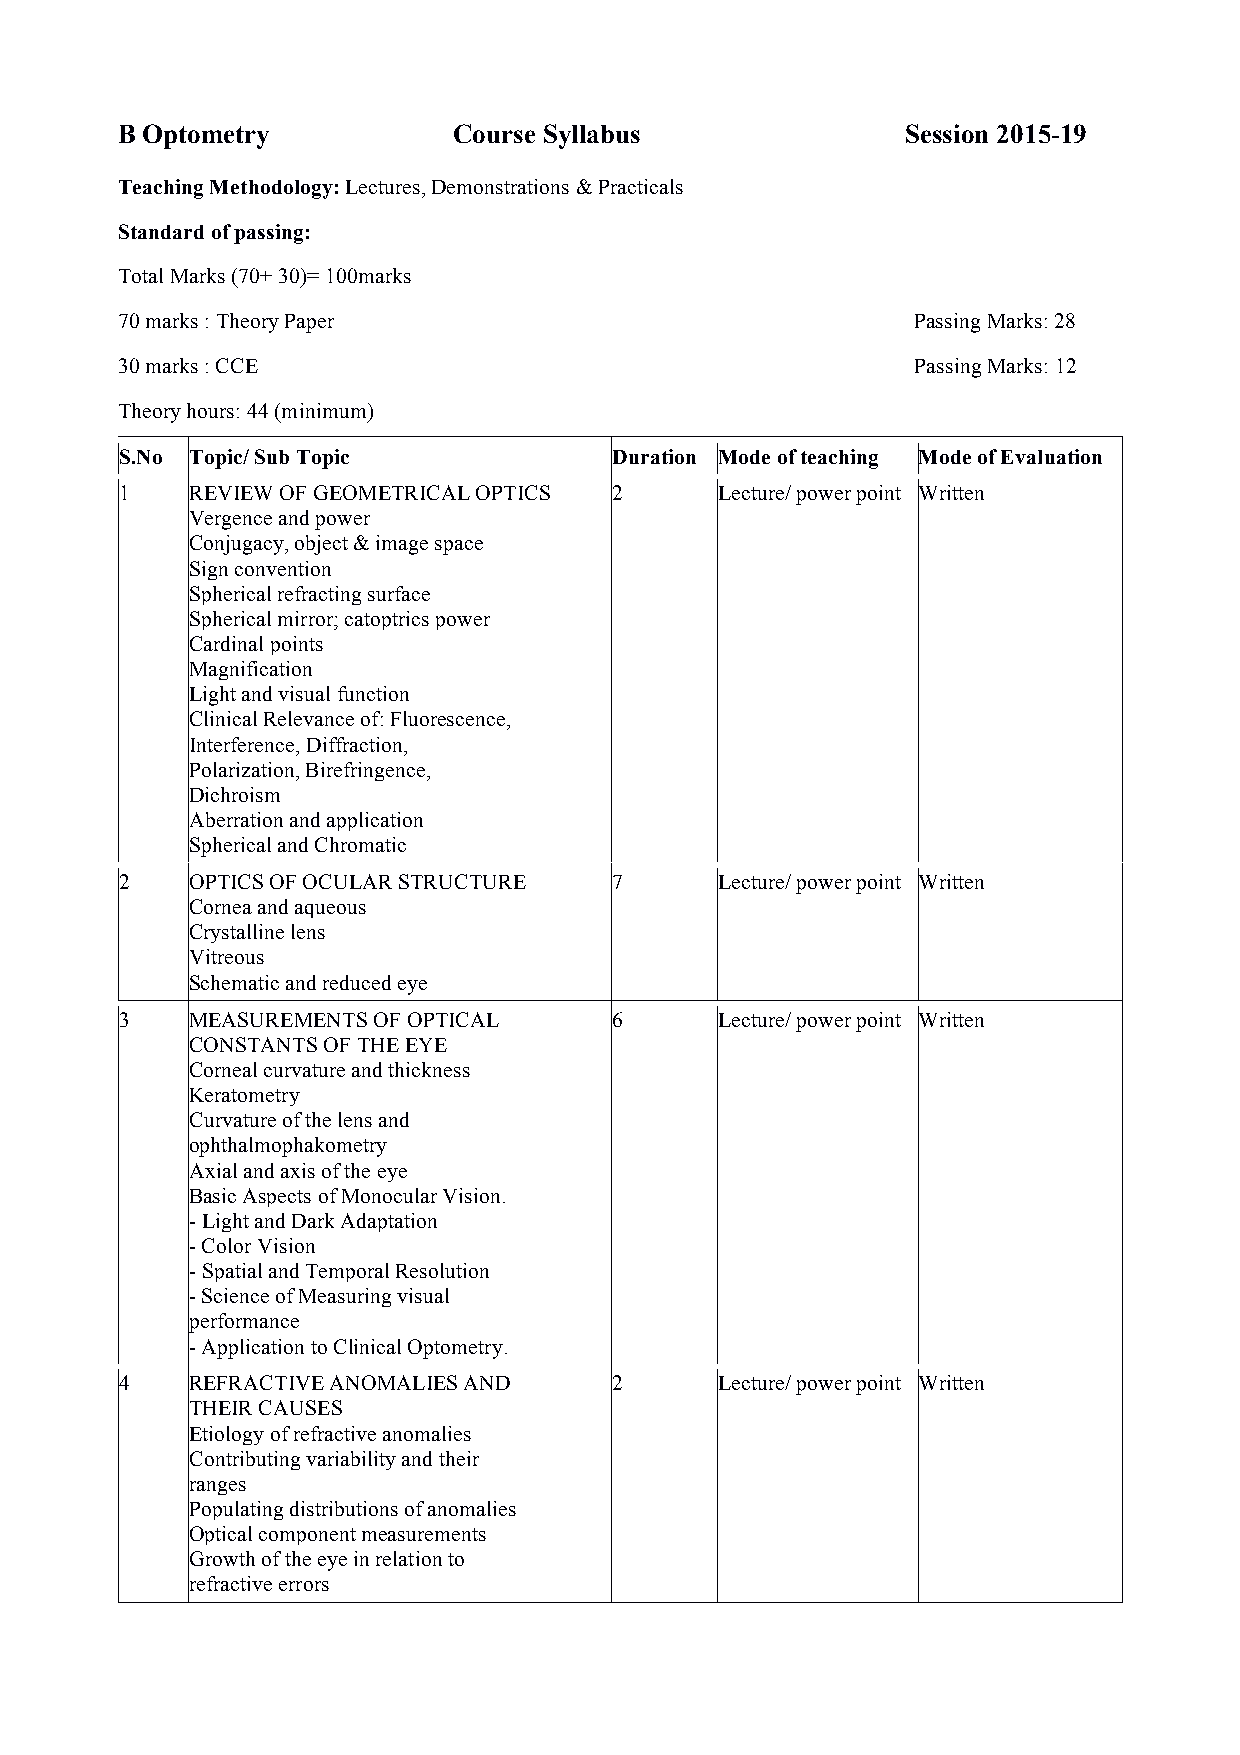
B Optometry           Course Syllabus               Session 2015-19
 Teaching Methodology: Lectures, Demonstrations & Practicals
 Standard of passing:
 Total Marks (70+ 30)= 100marks
 70 marks : Theory Paper                              Passing Marks: 28
 30 marks : CCE                                       Passing Marks: 12
 Theory hours: 44 (minimum)
 S.No Topic/ Sub Topic            Duration Mode of teaching Mode of Evaluation
 1    REVIEW OF GEOMETRICAL OPTICS 2     Lecture/ power point Written
 Vergence and power
 Conjugacy, object & image space
 Sign convention
 Spherical refracting surface
 Spherical mirror; catoptrics power
 Cardinal points
 Magnification
 Light and visual function
 Clinical Relevance of: Fluorescence,
 Interference, Diffraction,
 Polarization, Birefringence,
 Dichroism
 Aberration and application
 Spherical and Chromatic
 2    OPTICS OF OCULAR STRUCTURE  7      Lecture/ power point Written
 Cornea and aqueous
 Crystalline lens
 Vitreous
 Schematic and reduced eye
 3    MEASUREMENTS OF OPTICAL     6      Lecture/ power point Written
 CONSTANTS OF THE EYE
 Corneal curvature and thickness
 Keratometry
 Curvature of the lens and
 ophthalmophakometry
 Axial and axis of the eye
 Basic Aspects of Monocular Vision.
 - Light and Dark Adaptation
 - Color Vision
 - Spatial and Temporal Resolution
 - Science of Measuring visual
 performance
 - Application to Clinical Optometry.
 4    REFRACTIVE ANOMALIES AND    2      Lecture/ power point Written
 THEIR CAUSES
 Etiology of refractive anomalies
 Contributing variability and their
 ranges
 Populating distributions of anomalies
 Optical component measurements
 Growth of the eye in relation to
 refractive errors